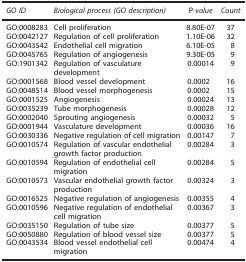
<table><thead><tr><td><b><i>GO ID</i></b></td><td><b><i>Biological process (GO description)</i></b></td><td><b>P<i>-value</i></b></td><td><b><i>Count</i></b></td></tr></thead><tbody><tr><td>GO:0008283</td><td>Cell proliferation</td><td>8.80E-07</td><td>37</td></tr><tr><td>GO:0042127</td><td>Regulation of cell proliferation</td><td>1.10E-06</td><td>32</td></tr><tr><td>GO:0043542</td><td>Endothelial cell migration</td><td>6.10E-05</td><td>8</td></tr><tr><td>GO:0045765</td><td>Regulation of angiogenesis</td><td>9.30E-05</td><td>9</td></tr><tr><td>GO:1901342</td><td>Regulation of vasculature development</td><td>0.00014</td><td>9</td></tr><tr><td>GO:0001568</td><td>Blood vessel development</td><td>0.0002</td><td>16</td></tr><tr><td>GO:0048514</td><td>Blood vessel morphogenesis</td><td>0.0002</td><td>15</td></tr><tr><td>GO:0001525</td><td>Angiogenesis</td><td>0.00024</td><td>13</td></tr><tr><td>GO:0035239</td><td>Tube morphogenesis</td><td>0.00028</td><td>12</td></tr><tr><td>GO:0002040</td><td>Sprouting angiogenesis</td><td>0.00032</td><td>5</td></tr><tr><td>GO:0001944</td><td>Vasculature development</td><td>0.00036</td><td>16</td></tr><tr><td>GO:0030336</td><td>Negative regulation of cell migration</td><td>0.00147</td><td>7</td></tr><tr><td>GO:0010574</td><td>Regulation of vascular endothelial growth factor production</td><td>0.00284</td><td>3</td></tr><tr><td>GO:0010594</td><td>Regulation of endothelial cell migration</td><td>0.00284</td><td>5</td></tr><tr><td>GO:0010573</td><td>Vascular endothelial growth factor production</td><td>0.00324</td><td>3</td></tr><tr><td>GO:0016525</td><td>Negative regulation of angiogenesis</td><td>0.00355</td><td>4</td></tr><tr><td>GO:0010596</td><td>Negative regulation of endothelial cell migration</td><td>0.00367</td><td>3</td></tr><tr><td>GO:0035150</td><td>Regulation of tube size</td><td>0.00377</td><td>5</td></tr><tr><td>GO:0050880</td><td>Regulation of blood vessel size</td><td>0.00377</td><td>5</td></tr><tr><td>GO:0043534</td><td>Blood vessel endothelial cell migration</td><td>0.00474</td><td>4</td></tr></tbody></table>